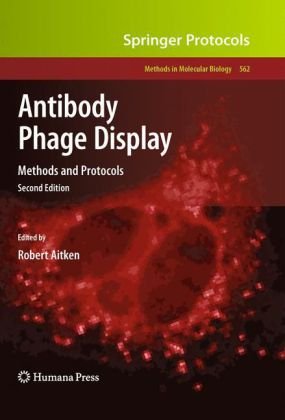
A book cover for Antibody Phage Display: Methods and Protocols (Methods in Molecular Biology); Medical Books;